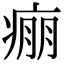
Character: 痭